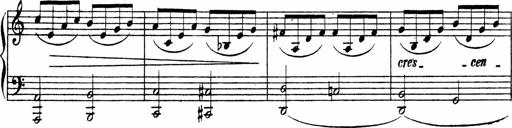
Title: Piano Sonata
Composer: Karl HÃ¤ssler
Key: C major